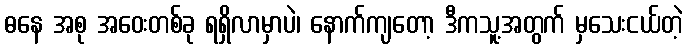
ဓနေ အစု အဝေးတစ်ခု ရရှိလာမှာပဲ၊ နောက်ကျတော့ ဒီကသူ့အတွက် မှသေးငယ်တဲ့